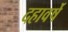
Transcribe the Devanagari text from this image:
दहावर्षे